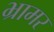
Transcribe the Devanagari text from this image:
भ्रामर